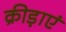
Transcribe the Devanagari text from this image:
क्रीड़ाएं